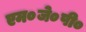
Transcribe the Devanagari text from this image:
एम०जे०पी०